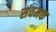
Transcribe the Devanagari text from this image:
संवमक